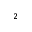
_ { 2 }